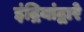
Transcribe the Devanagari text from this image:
इंद्रियांद्वारे